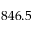
8 4 6 . 5